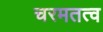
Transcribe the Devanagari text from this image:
चरमतत्व